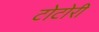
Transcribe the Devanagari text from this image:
टोटोरी